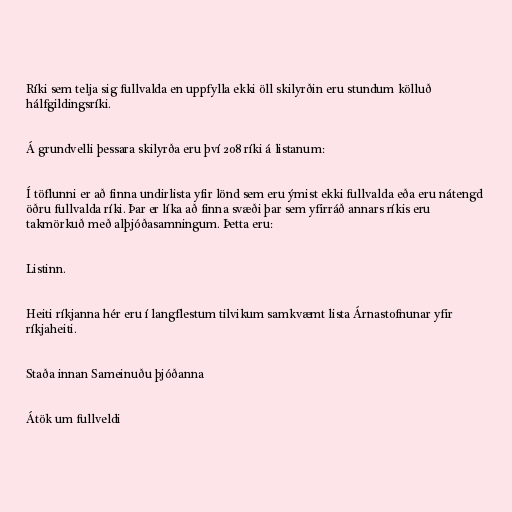
Ríki sem telja sig fullvalda en uppfylla ekki öll skilyrðin eru stundum kölluð
hálfgildingsríki.

Á grundvelli þessara skilyrða eru því 208 ríki á listanum:

Í töflunni er að finna undirlista yfir lönd sem eru ýmist ekki fullvalda eða eru nátengd
öðru fullvalda ríki. Þar er líka að finna svæði þar sem yfirráð annars ríkis eru
takmörkuð með alþjóðasamningum. Þetta eru:

Listinn.

Heiti ríkjanna hér eru í langflestum tilvikum samkvæmt lista Árnastofnunar yfir
ríkjaheiti.

Staða innan Sameinuðu þjóðanna

Átök um fullveldi